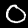
Digit: 0